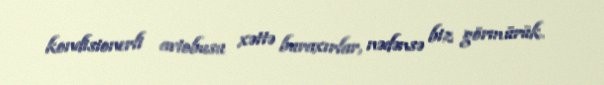
kondisionerli avtobusu xəttə buraxırlar, nədənsə biz görmürük.